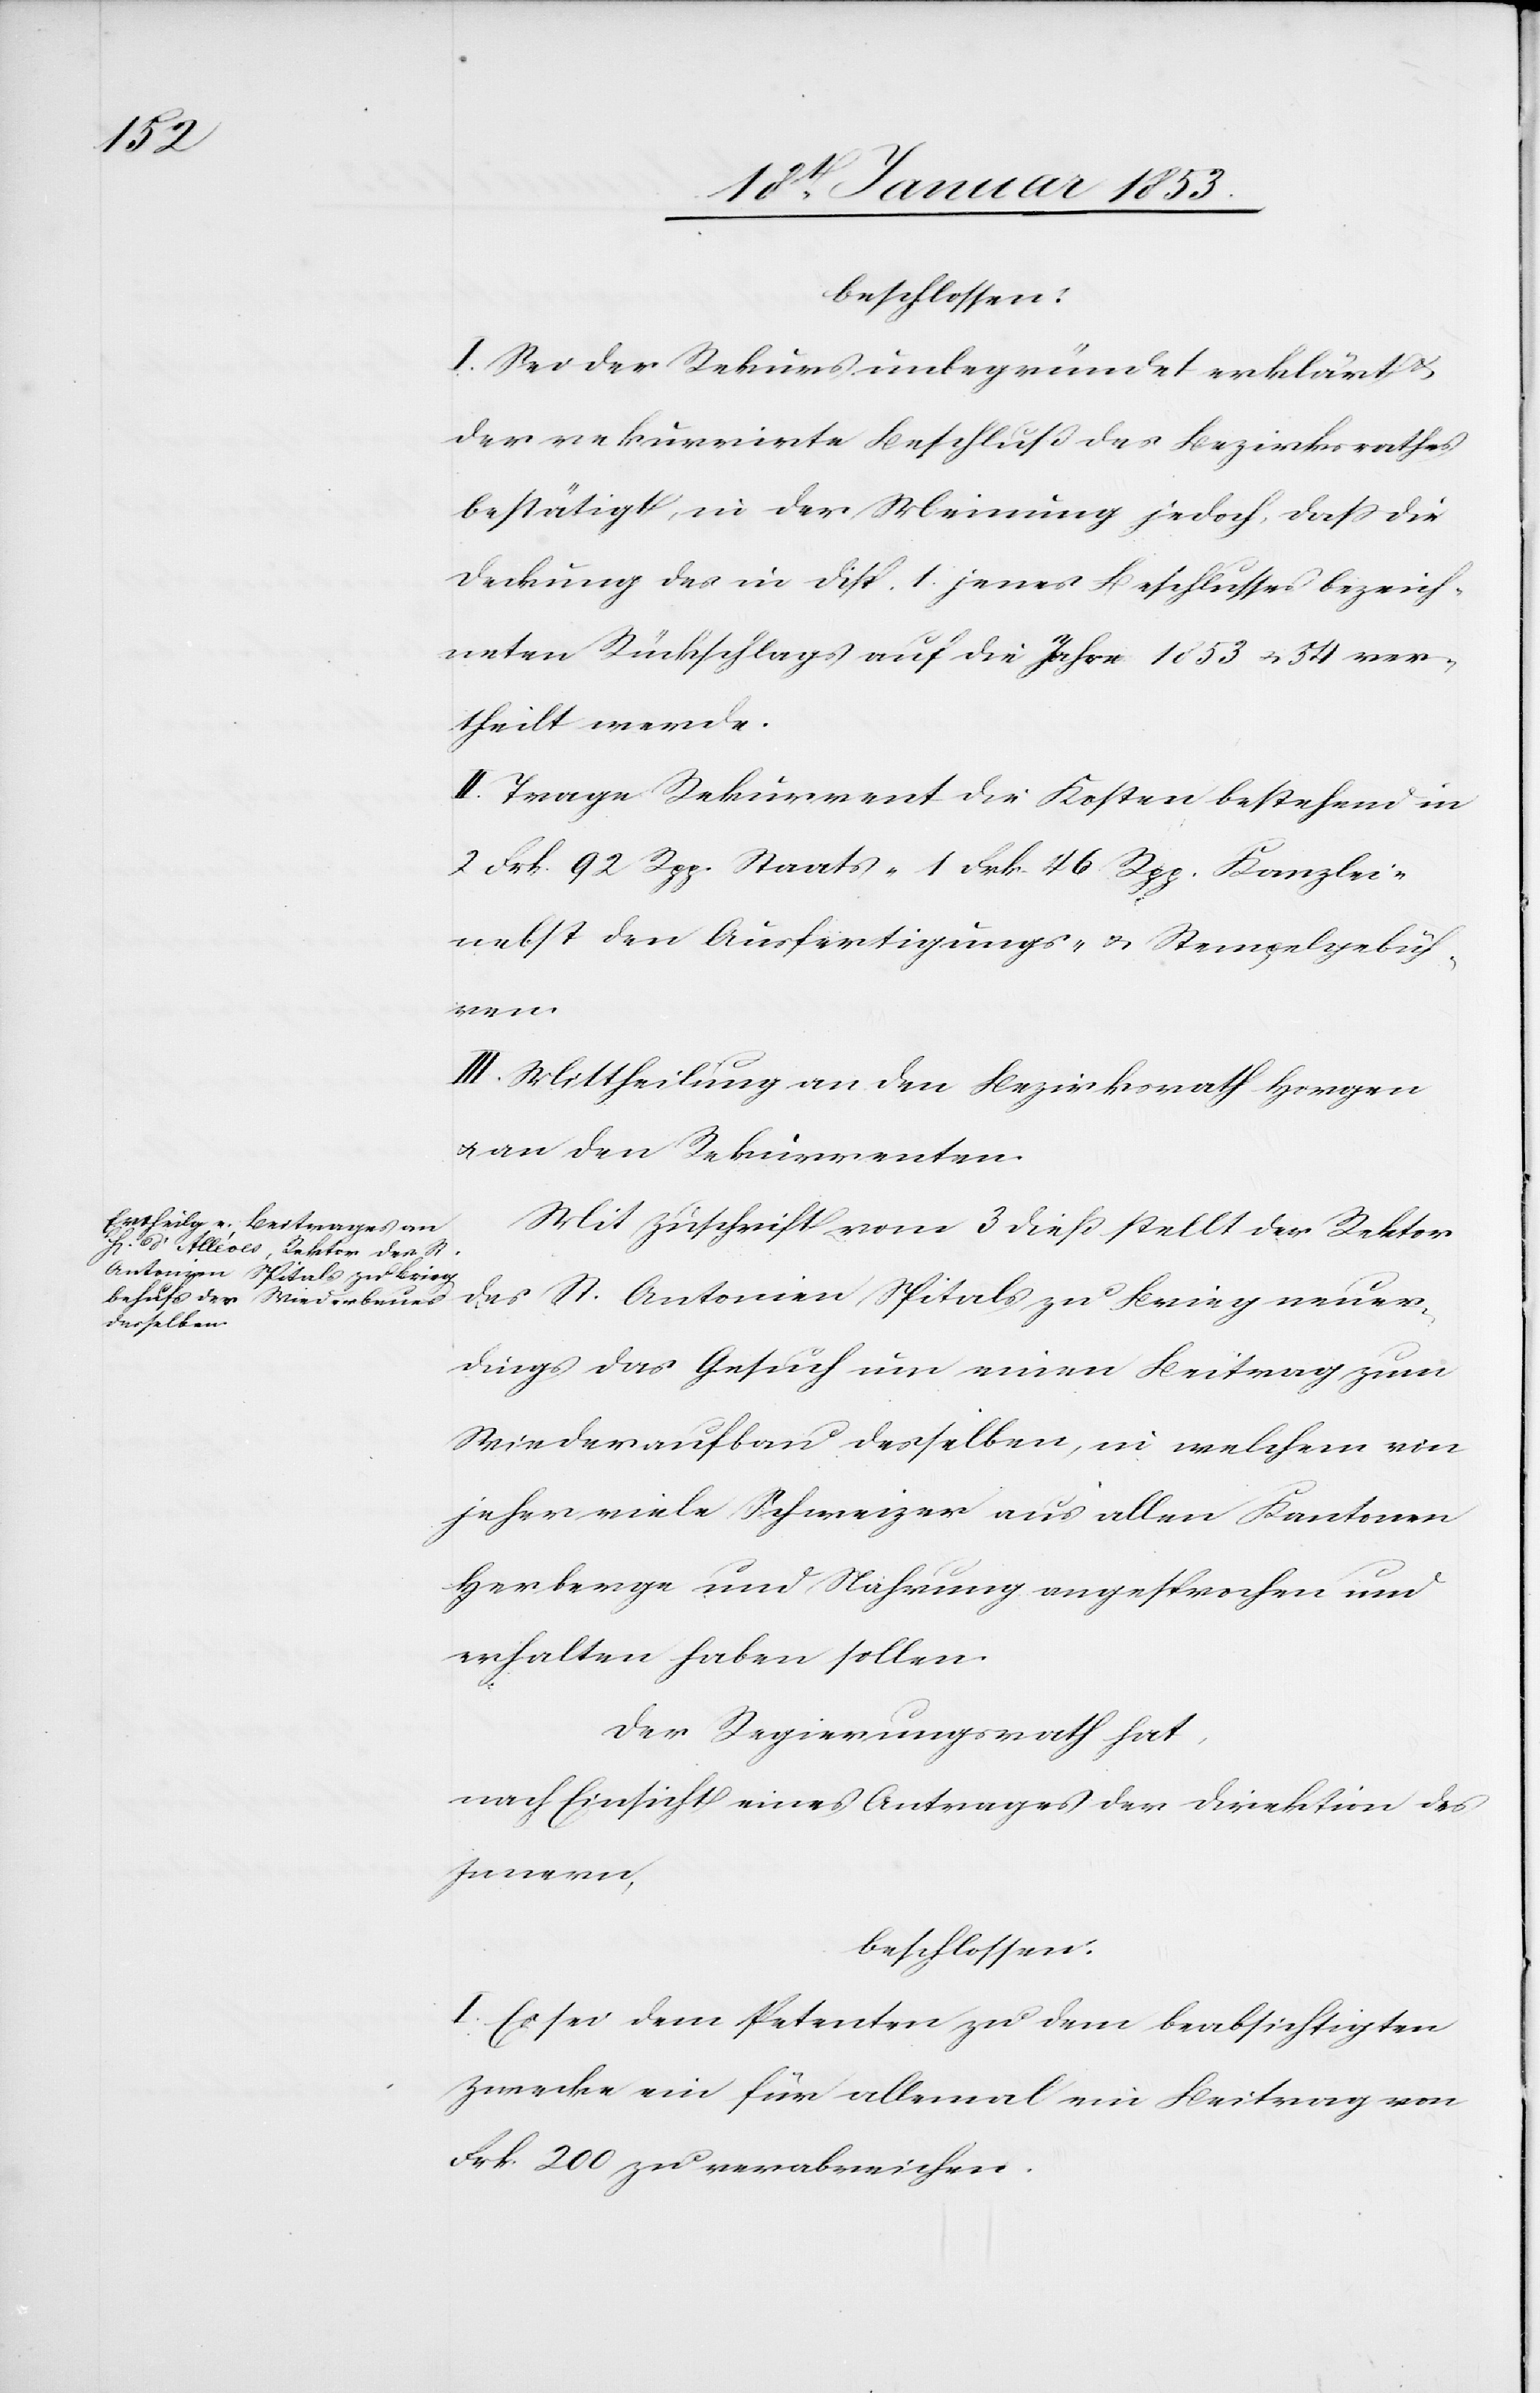
beschlossen:
I. Sei der Rekurs unbegründet erklärt u.
der rekurrirte Beschluß des Bezirksrathes
bestätigt, in der Meinung jedoch, daß die
Deckung des in disp. 1. jenes Beschlusses bezeich¬
neten Rückschlags auf die Jahre 1853 u. 54 ver¬
theilt werde.
II. Trage Rekurrent die Kosten bestehend in
2 Frk. 92. Rpp. Staats- 1 Frk. 46. Rpp. Kanzlei-
nebst den Ausfertigungs- u. Stempelgebüh¬
ren.
III. Mittheilung an den Bezirksrath Horgen
u. an die Rekurrenten.
Mit Zuschrift vom 3 dieß stellt der Rektor
des St. Antonien Spital zu Brieg neuer¬
dings das Gesuch um einen Beitrag zum
Wiederaufbau desselben, in welchem von
jeher viele Schweizer aus allen Kantonen
Herberge und Nahrung angesprochen und
erhalten haben sollen.
Der Regierungsrath hat,
nach Einsicht eines Antrages der Direktion des
Innern,
beschlossen:
I. Es sei dem Petenten zu dem beabsichtigten
Zwecke ein für allemal ein Beitrag von
Frk. 200. zu verabreichen.